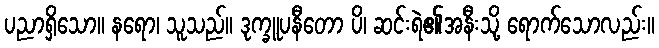
ပညာရှိသော။ နရော၊ သူသည်။ ဒုက္ခူပနီတော ပိ၊ ဆင်းရဲ၏အနီးသို့ ရောက်သောလည်း။